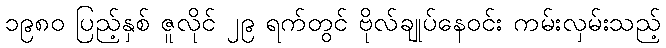
၁၉၈၀ ပြည့်နှစ် ဇူလိုင် ၂၉ ရက်တွင် ဗိုလ်ချုပ်နေဝင်း ကမ်းလှမ်းသည့်